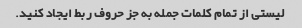
لیستی از تمام کلمات جمله به جز حروف ربط ایجاد کنید.